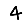
Digit: 4